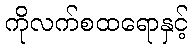
ကိုလက်စထရောနှင့်